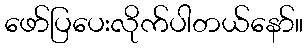
ဖော်ပြပေးလိုက်ပါတယ်နော်။